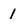
Character: 1